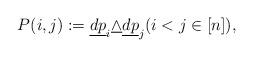
LaTeX: \begin{align*}P(i,j):=\underline{dp}_i\underline\wedge \underline{dp}_j (i<j\in[n]),\end{align*}